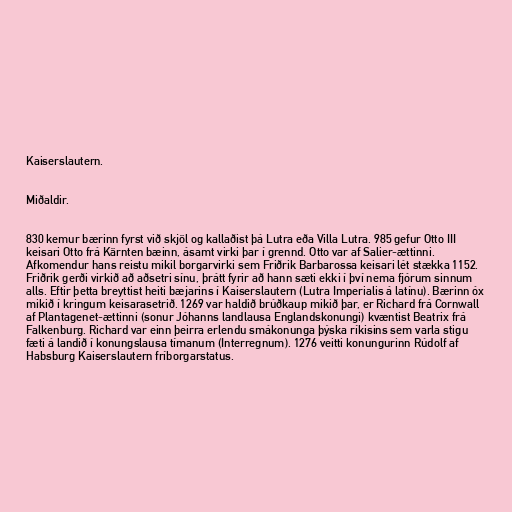
Kaiserslautern.

Miðaldir.

830 kemur bærinn fyrst við skjöl og kallaðist þá Lutra eða Villa Lutra. 985 gefur Otto III
keisari Otto frá Kärnten bæinn, ásamt virki þar í grennd. Otto var af Salier-ættinni.
Afkomendur hans reistu mikil borgarvirki sem Friðrik Barbarossa keisari lét stækka 1152.
Friðrik gerði virkið að aðsetri sínu, þrátt fyrir að hann sæti ekki í því nema fjórum sinnum
alls. Eftir þetta breyttist heiti bæjarins í Kaiserslautern (Lutra Imperialis á latínu). Bærinn óx
mikið í kringum keisarasetrið. 1269 var haldið brúðkaup mikið þar, er Richard frá Cornwall
af Plantagenet-ættinni (sonur Jóhanns landlausa Englandskonungi) kvæntist Beatrix frá
Falkenburg. Richard var einn þeirra erlendu smákonunga þýska ríkisins sem varla stigu
fæti á landið í konungslausa tímanum (Interregnum). 1276 veitti konungurinn Rúdolf af
Habsburg Kaiserslautern fríborgarstatus.